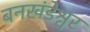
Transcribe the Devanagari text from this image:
बनखंडेश्वर